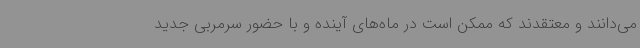
می‌دانند و معتقدند که ممکن است در ماه‌های آینده و با حضور سرمربی جدید